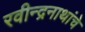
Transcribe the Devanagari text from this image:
रवीन्द्रनाथांचे